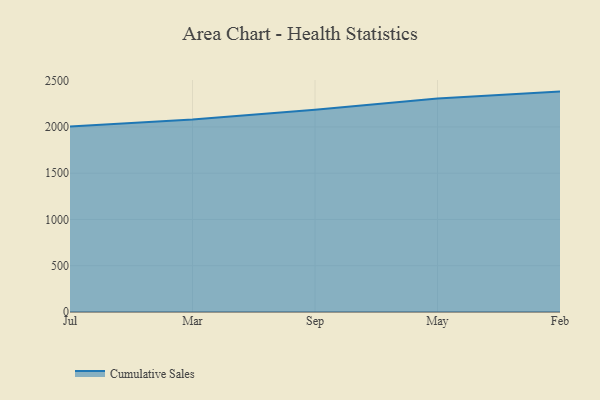
{"axis": {"x": "Month", "y": "Latency (ms)"}, "legend": ["Cumulative Sales"], "data": [{"x": "Jul", "y": 2004.8, "type": "Cumulative Sales"}, {"x": "Mar", "y": 2080.3, "type": "Cumulative Sales"}, {"x": "Sep", "y": 2186.7, "type": "Cumulative Sales"}, {"x": "May", "y": 2307.6, "type": "Cumulative Sales"}, {"x": "Feb", "y": 2381.5, "type": "Cumulative Sales"}]}